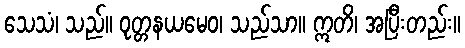
သေသံ၊ သည်။ ဝုတ္တနယမေဝ၊ သည်သာ။ ဣတိ၊ အပြီးတည်း။